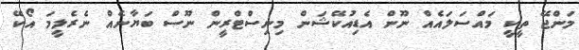
މަންޖޭ ތީކީ މައްސަލައެއް ނޫން އެޑިއުކޭޝަން މިނިސްޓްރީން ނޫސް ބަޔާނެއް ނެރެލީމަ އޯކޭ